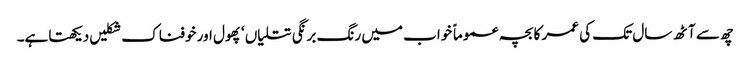
چھ سے آٹھ سال تک کی عمر کا بچہ عموماً خواب میں رنگ برنگی تتلیاں ‘ پھول اور خوفناک شکلیں دیکھتاہے۔